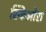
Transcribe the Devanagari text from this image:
स्किओरा